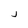
Character: j